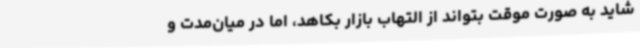
شاید به صورت موقت بتواند از التهاب بازار بکاهد، اما در میان‌مدت و